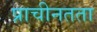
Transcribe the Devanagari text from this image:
प्राचीनतता